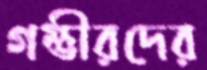
গম্ভীরদের